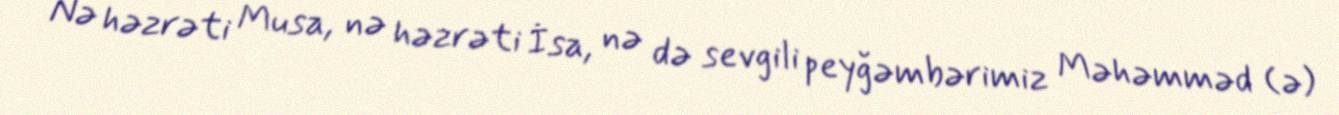
Nə həzrəti Musa, nə həzrəti İsa, nə də sevgili peyğəmbərimiz Məhəmməd (ə)